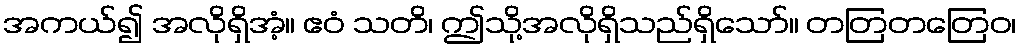
အကယ်၍ အလိုရှိအံ့။ ဧဝံ သတိ၊ ဤသို့အလိုရှိသည်ရှိသော်။ တတြတတြေဝ၊